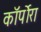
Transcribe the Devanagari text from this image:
कॉर्पोरा